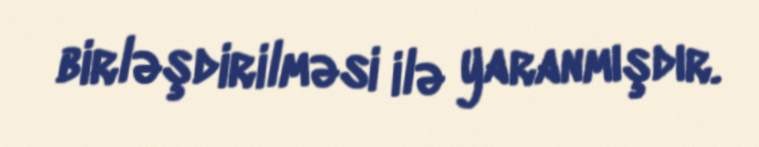
birləşdirilməsi ilə yaranmışdır.